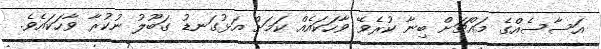
އަސާސެއްގެ މައްޗަށް ބިނާ ކުރެވޭ ވާހަކައެއް ކަމަށް އަޅުގަނޑު ގަބޫލު ނުކުރާ ވާހަކައެވެ.